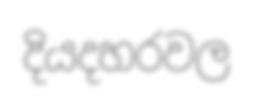
දියදහරවල